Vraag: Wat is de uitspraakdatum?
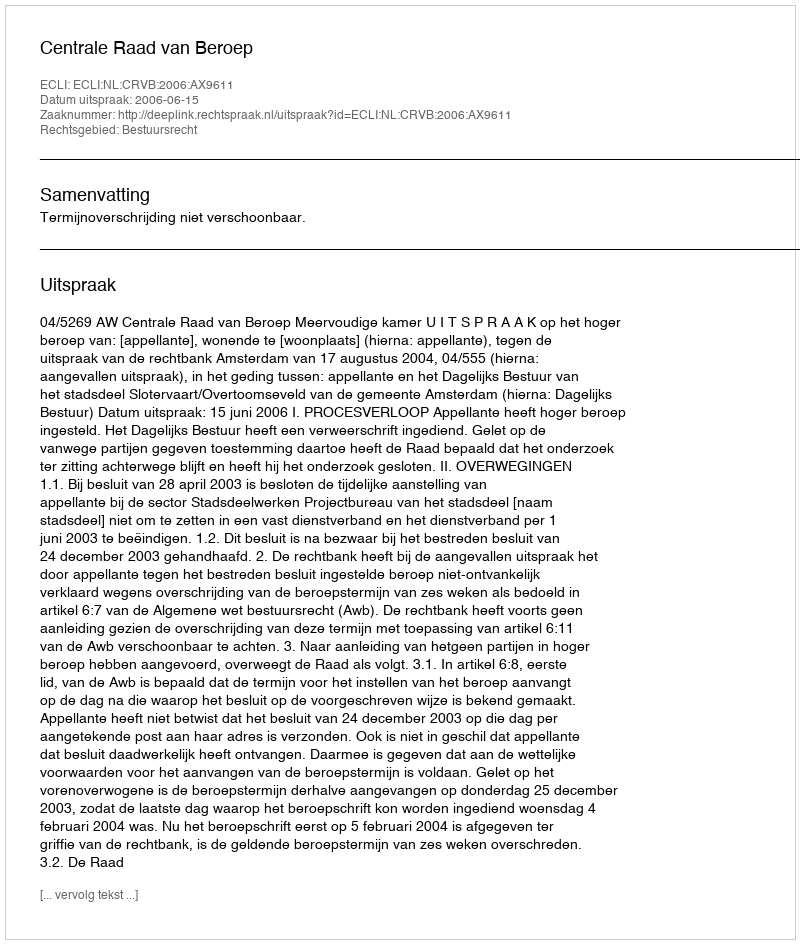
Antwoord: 2006-06-15